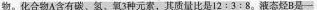
物。化合物A含有碳、氢、氧3种元素，其质量比是12:3:8。液态烃B是一